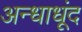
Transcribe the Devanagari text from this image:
अन्धाधूंद